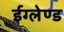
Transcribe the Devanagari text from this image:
ईग्‍लेण्‍ड